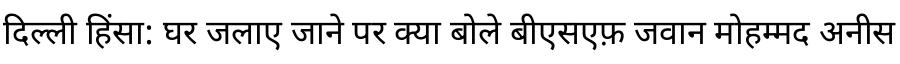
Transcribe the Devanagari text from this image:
दिल्ली हिंसा: घर जलाए जाने पर क्या बोले बीएसएफ़ जवान मोहम्मद अनीस